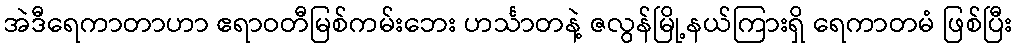
အဲဒီရေကာတာဟာ ဧရာဝတီမြစ်ကမ်းဘေး ဟင်္သာတနဲ့ ဇလွန်မြို့နယ်ကြားရှိ ရေကာတမံ ဖြစ်ပြီး